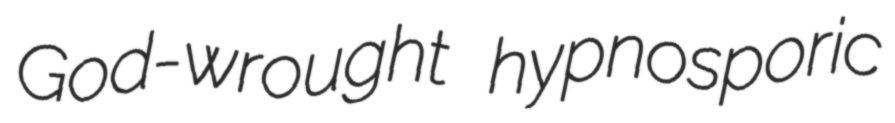
God-wrought hypnosporic